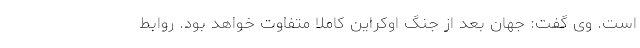
است. وی گفت: جهان بعد از جنگ اوکراین کاملا متفاوت خواهد بود. روابط